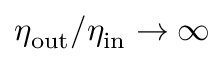
\eta _ { \mathrm { o u t } } / \eta _ { \mathrm { i n } } \to \infty